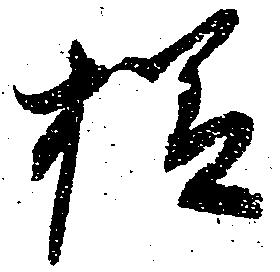
様